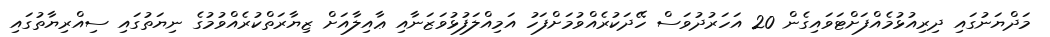
މަދްޔަނުގައި ދިރިއުޅުމެއްފަށްޓަވައިގެން 20 އަހަރުދުވަސް ހޭދަކުރެއްވުމަށްފަހު އަމިއްލަފުޅުވަޒަނާއި ޢާއިލާއަށް ޒިޔާރަތްކުރެއްވުމުގެ ނިޔަތުގައި ސިއްރިޔާތުގައި